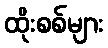
ထိုးစစ်များ